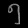
Digit: ၅